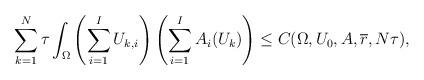
LaTeX: \begin{align*}\sum_{k=1}^{N} \tau \int_\Omega \left(\sum_{i=1}^I U_{k,i}\right)\left(\sum_{i=1}^I A_i(U_k)\right) &\leq C(\Omega,U_0,A, \overline{r}, N\tau),\end{align*}